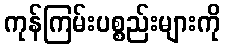
ကုန်ကြမ်းပစ္စည်းများကို